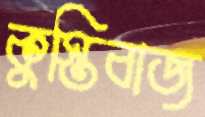
কুস্তিবাজ